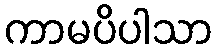
ကာမပိပါသာ